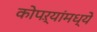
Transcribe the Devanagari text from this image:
कोपऱ्यांमध्ये